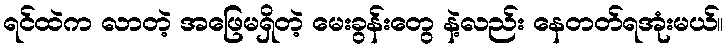
ရင်ထဲက လာတဲ့ အဖြေမရှိတဲ့ မေးခွန်းတွေ နဲ့လည်း နေတတ်ရအုံးမယ်။